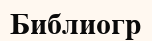
Библиогр